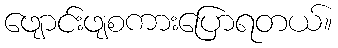
ဖျောင်းဖျစကားပြောရတယ်။